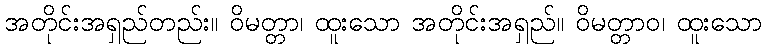
အတိုင်းအရှည်တည်း။ ဝိမတ္တာ၊ ထူးသော အတိုင်းအရှည်။ ဝိမတ္တာဝ၊ ထူးသော